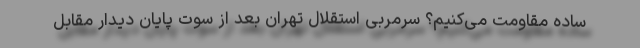
ساده مقاومت می‌کنیم؟ سرمربی استقلال تهران بعد از سوت پایان دیدار مقابل